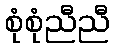
စုံစုံညီညီ